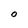
Character: O